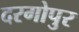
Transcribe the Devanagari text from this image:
दरगोपुर